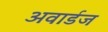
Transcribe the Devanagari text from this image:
अवार्डज